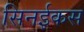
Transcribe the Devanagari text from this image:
सिनईकस